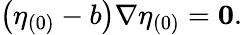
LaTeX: \left(\eta_{(0)}-b\right)\nabla\eta_{(0)}=\mathbf{0}.